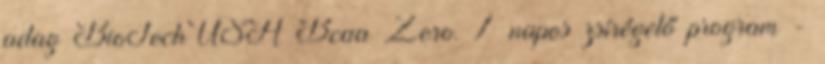
adag BioTechUSA Bcaa Zero. 7 napos zsírégető program -